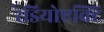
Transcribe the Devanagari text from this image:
रेडियोएक्टि